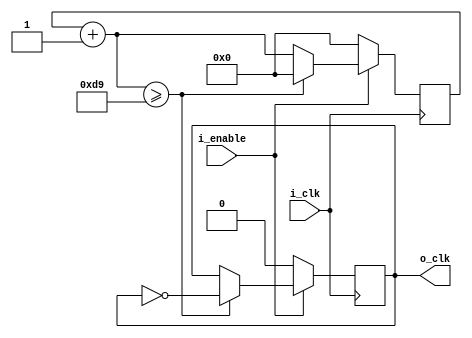
/*!>
*  divide source clock based on prescaler setting module
*
*+ Input +* 
* i_enable - enable function
* i_clk	- Clock source
* [3:0] i_prescaler - prescaler
*
*+ Output +* 
*  o_clk - output clock
*
*
<!*/
module clock_divider_50MHz_to_115200( 
input i_enable,
input i_clk,
output reg o_clk
);


reg [7:0] count = 8'd0;


always @ ( posedge i_clk )

	begin
	if( !i_enable )
		begin
			count <= 4'd0;
			o_clk <= 1'd0;
		end
	else
		begin
			count = count + 4'd1;
			if( count >= 8'd217 )
				begin
					count <= 4'd0;
					o_clk <= ~o_clk;
				end
		end
	end

endmodule